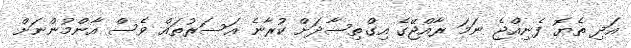
އަދި ތެޔޮ ފެނިއްޖެ ނަމަ ރާއްޖޭގެ އިގްތިސާދަށް ކުރާނެ އަސަރުތައް ވެސް އާންމުންނަށް